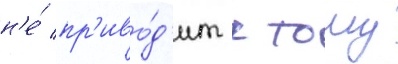
н'е́ пр'иво́д'ит к тому